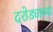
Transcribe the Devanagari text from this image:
दरोड्याच्या